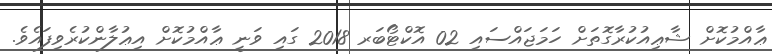
ޢާއްމުކޮށް ޝާޢިއުކުރާގޮތަށް ހަމަޖައްސައި 02 އޮކްޓޯބަރ 2018 ގައި ވަނީ ޢާއްމުކޮށް އިޢުލާންކުރެވިފައެވެ.